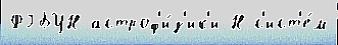
ФГБУН астроф'и́з'ик'и Н с'ист'е́м